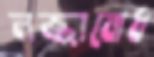
লজ্জাবোধ